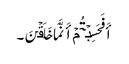
أَفَحَسِبۡتُمۡ أَنَّمَا خَلَقۡنَ۔